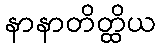
နာနာတိတ္ထိယ